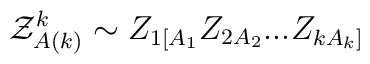
{\cal Z}_{A(k)}^k\sim Z_{1[A_1}Z_{2A_2}...Z_{kA_k]}